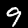
Digit: 9